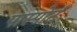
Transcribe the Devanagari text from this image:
पास्पोर्ट